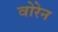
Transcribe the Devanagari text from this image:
वोरेन